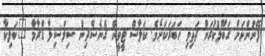
ފޭނުންނަށް ގަބޫލުކުރަން ދަތިވި ޚަބަރަކަށެވެ. ކަލާސް ޓީވީން ގެނެސްދިން ސިލްސިލާ ޑްރާމާ "ބަލިކާ